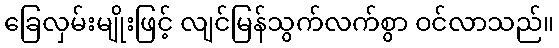
ခြေလှမ်းမျိုးဖြင့် လျင်မြန်သွက်လက်စွာ ဝင်လာသည်။